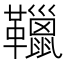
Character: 䪉